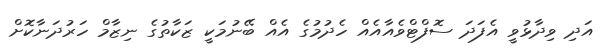
އަދި ވިދާޅުވީ އެފަދަ ސޮފްޓްވެއާއެއް ހެދުމުގެ އެއް ބޭނުމަކީ ޒަކާތުގެ ނިޒާމް ހަރުދަނާކޮށް